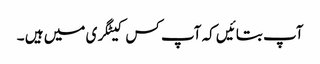
آپ بتائیں کہ آپ کس کیٹگری میں ہیں ۔